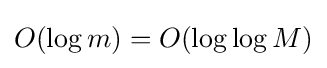
O(\log m)=O(\log \log M)